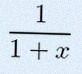
\frac{1}{1+x}